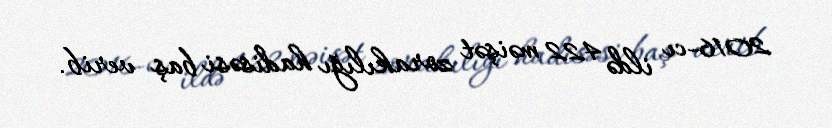
2016-cı ildə 422 məişət zorakılığı hadisəsi baş verib.